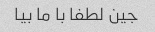
جین لطفا با ما بیا